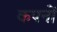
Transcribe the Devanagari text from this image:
कपनों